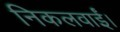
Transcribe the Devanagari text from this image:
निकलवाईं।